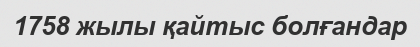
1758 жылы қайтыс болғандар